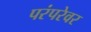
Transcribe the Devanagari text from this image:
परंपरेवर